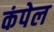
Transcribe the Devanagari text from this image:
कंपेल